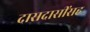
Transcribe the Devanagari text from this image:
दासदासींसह